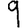
Digit: 9